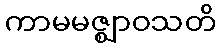
ကာမမဇ္ဈာဝသတိ